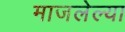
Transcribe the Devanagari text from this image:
माजलेल्या